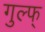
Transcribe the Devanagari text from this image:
गुल्फ्